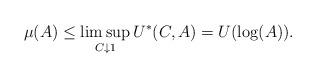
LaTeX: \begin{align*}\mu(A) \leq \limsup_{C \downarrow 1} U^*(C,A) = U(\log(A)).\end{align*}